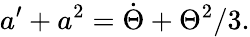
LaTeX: a^{\prime}+a^{2}=\dot{\Theta}+\Theta^{2}/3.